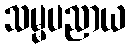
သမ္မပညာယ